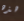
هذه